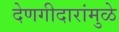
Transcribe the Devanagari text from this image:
देणगीदारांमुळे